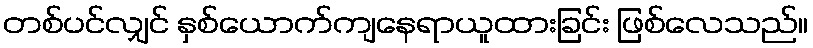
တစ်ပင်လျှင် နှစ်ယောက်ကျနေရာယူထားခြင်း ဖြစ်လေသည်။